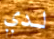
لدي